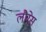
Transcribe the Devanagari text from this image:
लौरेस